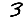
Digit: 3